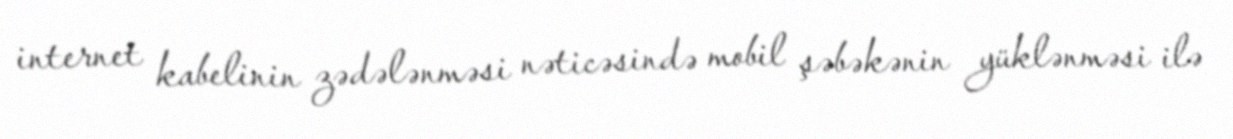
internet kabelinin zədələnməsi nəticəsində mobil şəbəkənin yüklənməsi ilə